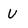
Character: U